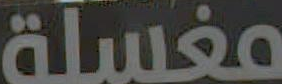
مغسلة